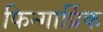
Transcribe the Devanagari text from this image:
फिन्गार्प्रिक